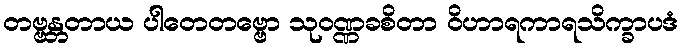
တဗ္ဗန္တတာယ ပါတေတဗ္ဗော သုဝဏ္ဏခစိတာ ဝိဟာရကာရသိက္ခာပဒံ